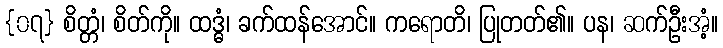
{၀၇} စိတ္တံ၊ စိတ်ကို။ ထဒ္ဓံ၊ ခက်ထန်အောင်။ ကရောတိ၊ ပြုတတ်၏။ ပန၊ ဆက်ဦးအံ့။